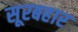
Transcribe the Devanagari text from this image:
सूरबहार